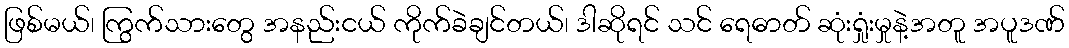
ဖြစ်မယ်၊ ကြွက်သားတွေ အနည်းငယ် ကိုက်ခဲချင်တယ်၊ ဒါဆိုရင် သင် ရေဓာတ် ဆုံးရှုံးမှုနဲ့အတူ အပူဒဏ်